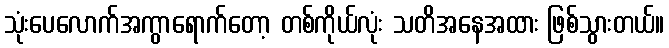
သုံးပေလောက်အကွာရောက်တော့ တစ်ကိုယ်လုံး သတိအနေအထား ဖြစ်သွားတယ်။